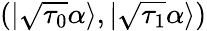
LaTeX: (|\sqrt{\tau_{0}}\alpha\rangle,|\sqrt{\tau_{1}}\alpha\rangle)